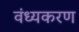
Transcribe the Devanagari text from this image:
वंध्यकरण